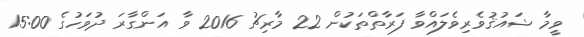
ވީމާ ޝައުޤުވެރިވެލައްވާ ފަރާތްތަކުން 22 މާރިޗު 2016 ވާ އަންގާރަ ދުވަހުގެ 15:00